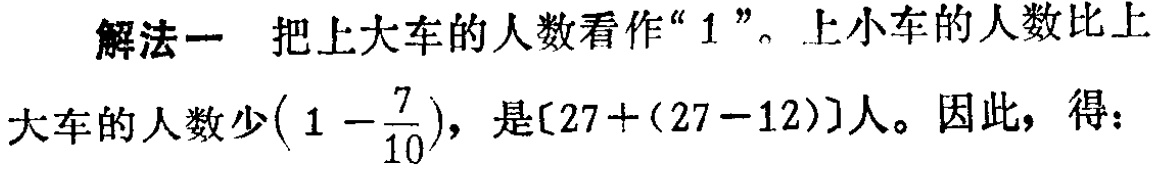
解法一 把上大车的人数看作“$1$”。上小车的人数比上

大车的人数少$\left(1 - \dfrac{7}{10}\right)$，是$[27+(27 - 12)]$人。因此，得：